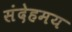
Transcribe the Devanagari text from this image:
संदेहमय